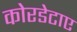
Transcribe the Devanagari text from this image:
कोरडेटाए